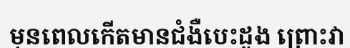
មុនពេលកើតមានជំងឺបេះដូង ព្រោះវា